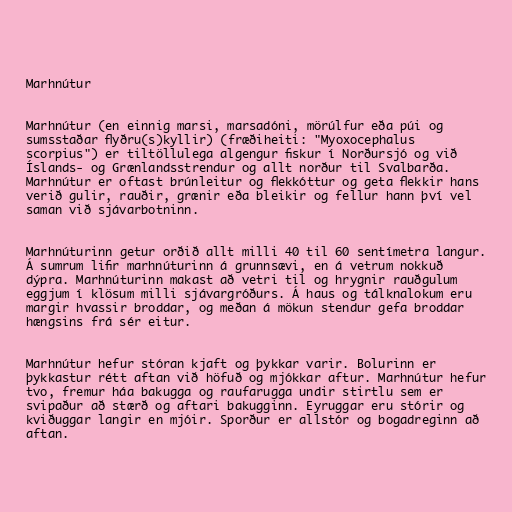
Marhnútur

Marhnútur (en einnig marsi, marsadóni, mörúlfur eða púi og
sumsstaðar flyðru(s)kyllir) (fræðiheiti: "Myoxocephalus
scorpius") er tiltöllulega algengur fiskur í Norðursjó og við
Íslands- og Grænlandsstrendur og allt norður til Svalbarða.
Marhnútur er oftast brúnleitur og flekkóttur og geta flekkir hans
verið gulir, rauðir, grænir eða bleikir og fellur hann því vel
saman við sjávarbotninn.

Marhnúturinn getur orðið allt milli 40 til 60 sentímetra langur.
Á sumrum lifir marhnúturinn á grunnsævi, en á vetrum nokkuð
dýpra. Marhnúturinn makast að vetri til og hrygnir rauðgulum
eggjum í klösum milli sjávargróðurs. Á haus og tálknalokum eru
margir hvassir broddar, og meðan á mökun stendur gefa broddar
hængsins frá sér eitur.

Marhnútur hefur stóran kjaft og þykkar varir. Bolurinn er
þykkastur rétt aftan við höfuð og mjókkar aftur. Marhnútur hefur
tvo, fremur háa bakugga og raufarugga undir stirtlu sem er
svipaður að stærð og aftari bakugginn. Eyruggar eru stórir og
kviðuggar langir en mjóir. Sporður er allstór og bogadreginn að
aftan.